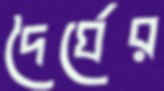
দৈর্ঘের